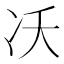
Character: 㓇